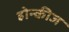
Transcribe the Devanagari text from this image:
होन्कीज